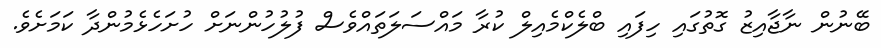
ބޭނުން ނާޖާއިޒު ގޮތުގައި ހިފައި ބްލެކްމެއިލް ކުރާ މައްސަލަތައްވެސް ފުލުހުންނަށް ހުށަހެޅެމުންދާ ކަމަށެވެ.